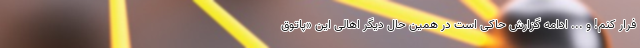
فرار کنم! و ... ادامه گزارش حاکی است در همین حال دیگر اهالی این «پاتوق